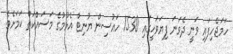
ހަމަޖެހިފައި ވަނީ ދެވަނަ ފިޔަވަހީގައި 1530 ހައުސިން ޔުނިޓް އެޅުމުގެ މަސައްކަތް ކަމަށެވެ.